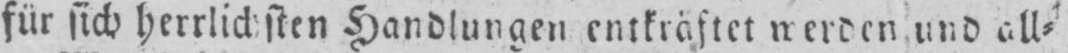
für sich herrlichsten Handlungen entkräftet werden und all⸗